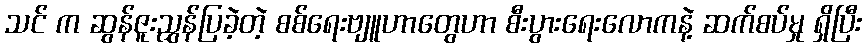
သင် က ဆွန်ဇူးညွှန်ပြခဲ့တဲ့ စစ်ရေးဗျူဟာတွေဟာ စီးပွားရေးလောကနဲ့ ဆက်စပ်မှု ရှိပြီး